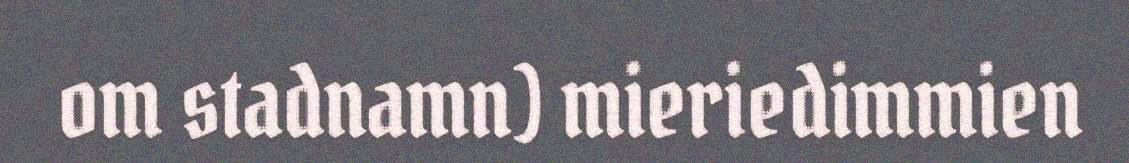
om stadnamn) mieriedimmien